Report on vaccination in the Province of Bengal - 1874-1889
Year: 1874
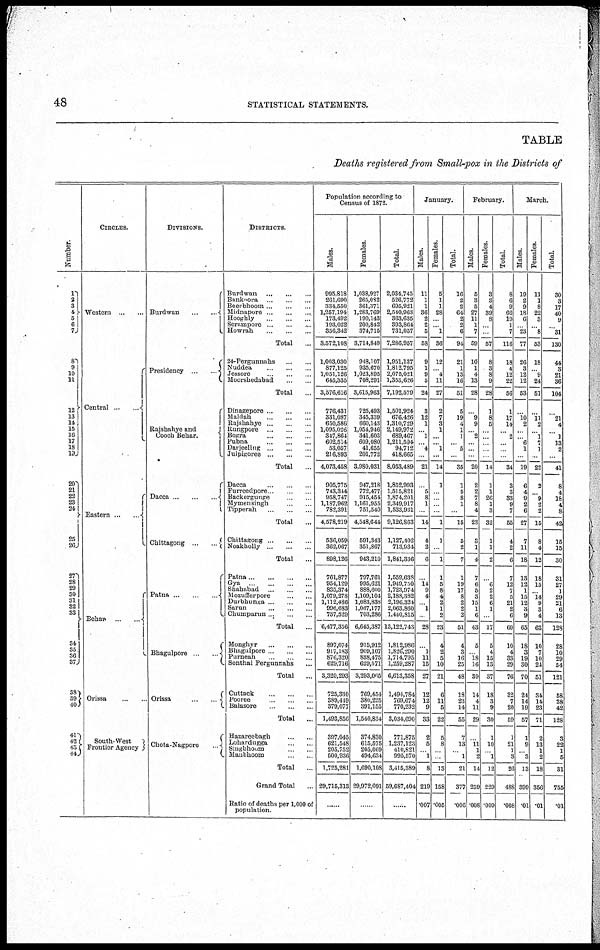
48
STATISTICAL STATEMENTS.
TABLE
Deaths registered from Small-pox in the Districts of
Number.
1
2
3 4
5
6 7
8
9
10
11
12
13
14
15
16
17
18
19
20
21
22 23
24
25
26
27
28
29
30
31
32
33
34
35
36
37
38
39
40
41
42
43
44
CIRCLES.
Western
...
...
Central
. . .
Eastern
...
...
Behar
...
...
Orissa ... ... ...
South-West
Frontier Agency
DIVISIONS.
Burdwan
...
...
Presidency ... ...
Rajshahye and
Cooch Behar.
Dacca
...
...
...
Chittagong
...
...
Patna
...
...
Bhagulpore
...
...
Orissa
...
...
Chota-Nagpore
DISTRICTS.
Burdwan ... ... ...
Bankoora ... ... ...
Beerbhoom ... ... ...
Midnapore ... ... ...
Hooghly ... ... ...
Serampore ... ... ...
Howrah ... ... ...
Total ...
24-Pergunnahs ... ... ...
Nuddea ... ... ...
Jessore ... ... ...
Moorshedabad ... ...
Total ...
Dinagepore
...
...
...
Maldah ... ... ...
Rajshahye ... ... ...
Rungpore
... ... ...
Bogra
...
...
...
Pubna
...
...
...
Darjeeling
...
...
...
Julpigoree
...
...
...
Total ...
Dacca
...
...
...
Furreedpore
...
...
...
Backergunge ... ...
Mymensingh ... ... ...
Tipperah ... ... ...
Total ...
Chittagong ... ... ...
Noakholly ... ... ...
Total ...
Patna ... ... ... ...
Gya
...
...
...
Shahabad
...
...
...
Mozufferpore
...
...
Durbhanga ... ... ...
Sarun ... ... ... ...
Chumparun ... ... ...
Total ...
Monghyr
...
...
...
Bhagulpore
...
...
...
Purneah ... ... ...
Sonthal Pergunnahs ...
Total ...
Cuttack ... ... ...
Pooree ... ... ...
Balasore ... ... ...
Total
...
Hazareebagh ... ...
Lohardugga ... ...
Singbhoom ... ...
Manbhoom ... ...
Total ...
Grand Total ...
Ratio of deaths per 1,000 of
population.
Population according to
Census of 1872.
Males.
995,818
261,690
334,550
1,257,104
173,492
193,022
356,342
3,572,108
1,003,030
877,125
1,051,126
645,335
3,576,616
776,431
331,087
650,586
1,005,026
347,864
602,514
58,057
216,893
4,073,458
905,775
743,344
958,747
1,187,062
782,391
4,578,219
536,059
362,067
898,126
761,877
954,129
835,374
1,079,278
1,112,486
996,683
737,529
6,477,356
897,074
917,183
876,320
629,716
3,320,293
725,330
389,419
379,077
1,493,856
397,045
621,548
205,752
500,936
1,725,281
29,715,313
......
Females.
1,038,927
265,032
361,371
1,283,769
190,143
200,842
374,715
3,714,849
948,107
935,670
1,023,895
708,291
3,615,963
725,493
345,339
660,143
1,054,946
341,603
609,080
41,655
201,772
3,980,031
947,218
772,477
915,454
1,161,955
751,540
4,548,644
501,343
351,867
943,210
797,761
995,621
888,600
1,109,101
1,083,838
1,067,177
703,286
6,645,387
915,912
909,107
888,475
629,571
3,293,065
769,454
380,225
391,153
1,540,834
374,830
615,576
205,069
494,634
1,690,108
29,972,091
......
Total.
2,034,745
526,772
695,921
2,540,963
363,635
393,864
731,057
7,286,957
1,951,137
1,812,795
2,075,021
1,353,626
7,192,579
1,501,924
676,426
1,310,729
2,149,972
689,467
1,211,594
04,712
418,665
8,053,489
1,852,993
1,515,821
1,874,201
2,349,917
1,533,931
9,126,863
1,127,402
713,934
1,841,336
1,559,638
1,949,750
1,723,974
2,188,382
2,196,324
2,063,860
1,440,815
13,122,743
1,812,986
1,826,200
1,714,795
1,259,287
6,613,358
1,494,784
769,674
770,232
3,034,690
771,875
1,237,123
410,821
995,570
3,416,389
59,687,404
......
January.
Males.
11
1
1
36
2
2
5
58
9
1
9
5
24
3
12
1
... 1
... 4
...
21
...
5
8
1
...
14
4
2
6
...
14
9
4
... 1
...
28
...
1
11
15
27
12
12
9
33
2
5
... 1
8
219
.007
Females.
5
1
1
28
...
... 1
36
12
... 4
11
27
2
7
3
1
...
... 1
...
14
1
...
...
...
...
1
1
...
1
1
5
8
4
2
1
2
23
4
2
5
10
21
6
11
5
22
5
8
...
...
13
158
.005
Total.
16
2
2
64
2
2
6
94
21
1
13
16
51
5
19
4
1
1
... 5
...
35
1
5
8
1
...
15
5
2
7
1
19
17
8
2
2
2
51
4
3
16
25
48
18
23
14
55
7
13
... 1
21
377
.006
February.
Males.
5
8
5
27
11
1
7
59
10
1
4
13
28
...
9
9
... 2
...
...
...
20
2
2
7
8
4
23
8
1
4
7
6
5
3
15
1
6
43
5
... 18
16
39
14
4
11
29
...
11
1
2
14
259
.008
Females.
3
3
4
39
8
...
...
57
8
3
8
9
28
1
8
5
...
...
...
...
...
14
1
1
26
1
3
32
1
1
2
...
6
2
2
6
1
...
17
5
4
15
13
87
18
3
9
30
1
10
... 1
12
229
.009
Total.
8
6
9
66
19
1
7
116
18
4
12
22
56
1
17
14
...
...
...
...
...
34
3
3
33
9
7
55
4
2
6
7
12
7
5
21
2
6
60
10
4
33
29
76
32
7
20
59
1
21
1
3
26
488
.008
March.
Males.
19
2
9
18
6
... 23
77
26
3
12
12
53
...
10
2
...
... 6
1
...
19
6
4
9
2
6
27
7
11
18
13
12
1
15
12
3
9
65
18
9
19
30
70
24
14
19
57
1
9
... 3
13
399
.01
Females
11
1
8
22
3
... 8
53
18
... 9
24
51
...
11
2
... 1
7
1
...
22
2
... 9
2
2
15
8
4
12
18
15
... 14
9
3
4
63
10
7
10
24
51
34
14
23
71
2
13
1
2
18
356
.01
Total.
30
3
17
40
9
... 31
130
44
3
21
36
104
...
21
4
... 1
13
2
...
41
8
4
18
4
8
42
15
15
30
31
27
1
29
21
6
13
128
28
10
29
54
121
58
28
42
128
3
22
1
5
31
755
.01